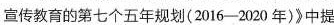
宣传教育的第七个五年规划(2016-2020年)》中提